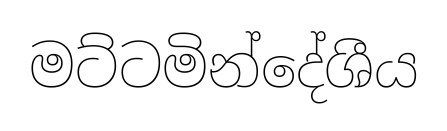
මට්ටමින්දේශීය